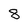
Character: 8